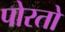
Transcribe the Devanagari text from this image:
पोरतो